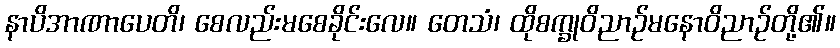
နာပိအာဏာပေတိ၊ စေလည်းမစေခိုင်းလေ။ တေသံ၊ ထိုစက္ခုဝိညာဉ်မနောဝိညာဉ်တို့၏။